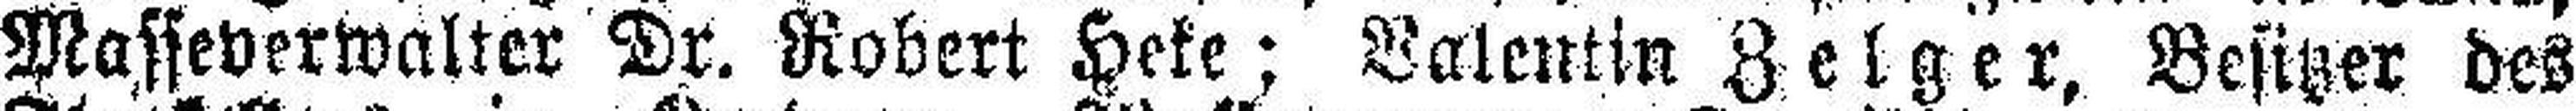
Masseverwalter Dr. Robert Heke; Valentin Zelger, Besitzer des